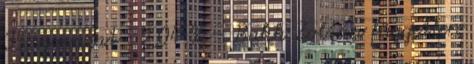
35 szavazat 2,04 % – Bakk Zoltán független